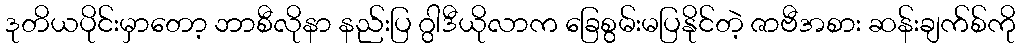
ဒုတိယပိုင်းမှာတော့ ဘာစီလိုနာ နည်းပြ ဂွါဒီယိုလာက ခြေစွမ်းမပြနိုင်တဲ့ ဇာဗီအစား ဆန်းချက်စ်ကို